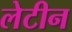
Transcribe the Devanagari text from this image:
लेटीन